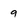
Character: 9